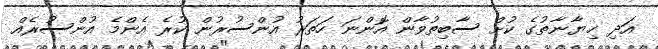
އަދި ޚިޔާނާތުގެ ކުށް ސާބިތުވާން އޮންނަ ހަތަރު އުންސުރުން ކުރެ އެންމެ އުންސުރެއް